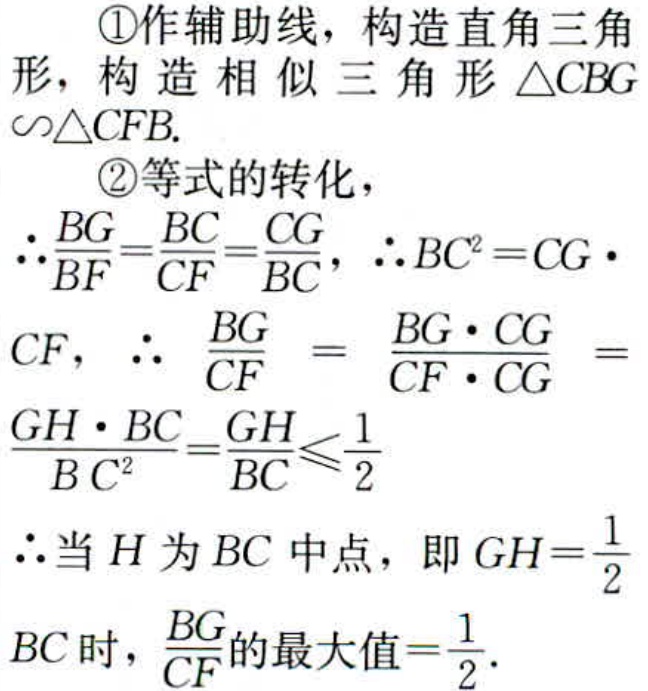
\textcircled{1}作辅助线，构造直角三角形，构造相似三角形$\triangle CBG\sim\triangle CFB$.
\textcircled{2}等式的转化，
$\therefore\frac{BG}{BF}=\frac{BC}{CF}=\frac{CG}{BC}$，$\therefore BC^{2}=CG\cdot CF$，$\therefore \frac{BG}{CF}=\frac{BG\cdot CG}{CF\cdot CG}=\frac{GH\cdot BC}{BC^{2}}=\frac{GH}{BC}\leqslant\frac{1}{2}$
$\therefore$当$H$为$BC$中点，即$GH = \frac{1}{2}BC$时，$\frac{BG}{CF}$的最大值$=\frac{1}{2}$.